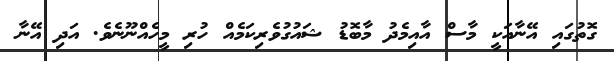
ގޮތުގައި އޭނާއަކީ މާސް އާއިމެދު މާބޮޑު ޝައުގުވެރިކަމެއް ހުރި މީހެއްނޫނެވެ. އަދި އޭނާ